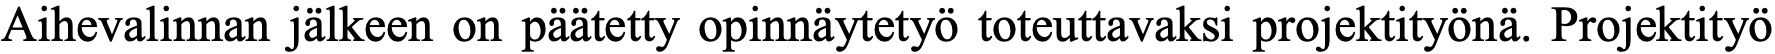
Aihevalinnan jälkeen on päätetty opinnäytetyö toteuttavaksi projektityönä. Projektityö